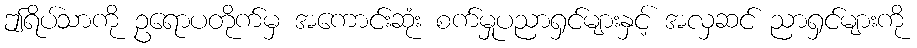
ဤရိပ်သာကို ဥရောပတိုက်မှ အကောင်းဆုံး စက်မှုပညာရှင်များနှင့် အလှဆင် ညာရှင်များကို